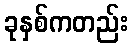
ခုနှစ်ကတည်း